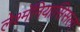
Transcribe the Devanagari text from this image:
लेश्मॅनियासिसला